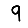
Digit: 9